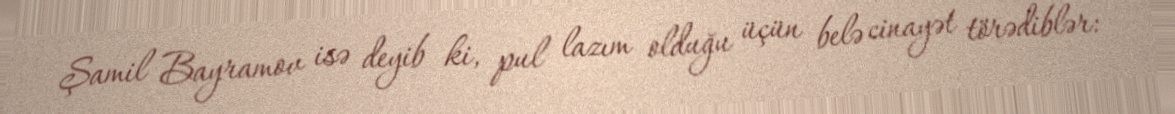
Şamil Bayramov isə deyib ki, pul lazım olduğu üçün belə cinayət törədiblər: